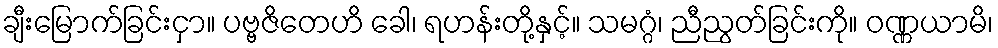
ချီးမြောက်ခြင်းငှာ။ ပဗ္ဗဇိတေဟိ ခေါ၊ ရဟန်းတို့နှင့်။ သမဂ္ဂံ၊ ညီညွတ်ခြင်းကို။ ဝဏ္ဏယာမိ၊